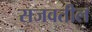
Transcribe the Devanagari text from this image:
सजवतील